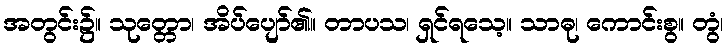
အတွင်း၌။ သုတ္တော၊ အိပ်ပျော်၏။ တာပသ၊ ရှင်ရသေ့။ သာဓု၊ ကောင်းစွ။ တွံ၊